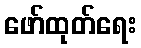
ဖော်ထုတ်ရေး